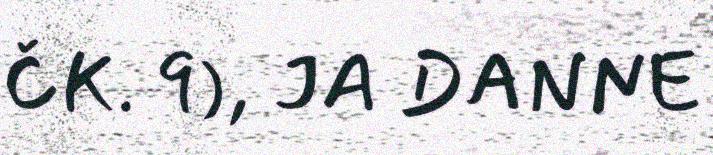
ČK. 9), JA DANNE